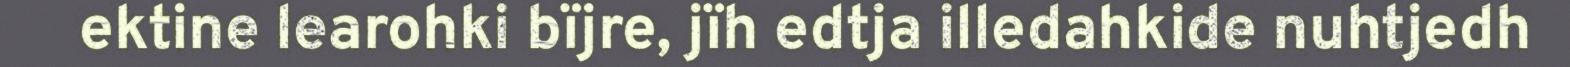
ektine learohki bïjre, jïh edtja illedahkide nuhtjedh